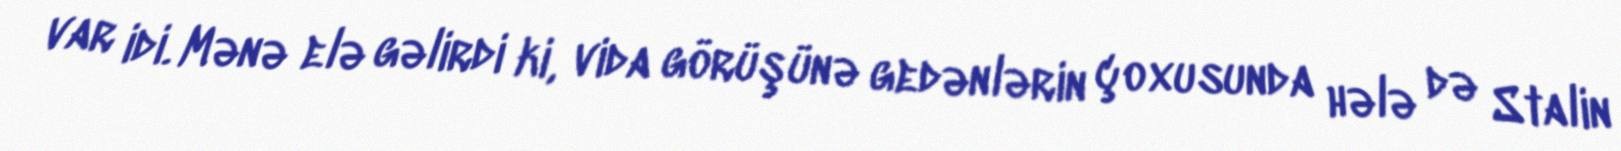
var idi. Mənə elə gəlirdi ki, vida görüşünə gedənlərin çoxusunda hələ də Stalin